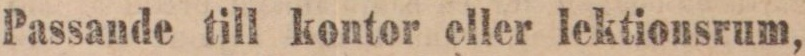
Passande till kontor eller lektionsrum,